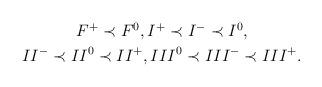
LaTeX: \begin{align*}\begin{gathered} F^+\prec F^0, I^+\prec I^-\prec I^0, \cr II^-\prec II^0\prec II^+, III^0\prec III^-\prec III^+. \end{gathered}\end{align*}